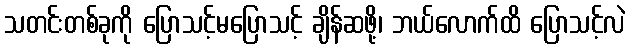
သတင်းတစ်ခုကို ပြောသင့်မပြောသင့် ချိန်ဆဖို့၊ ဘယ်လောက်ထိ ပြောသင့်လဲ